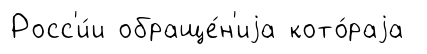
Росс'и́и обраще́н'иjа кото́раjа